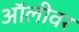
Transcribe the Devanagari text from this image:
ऑलीवर